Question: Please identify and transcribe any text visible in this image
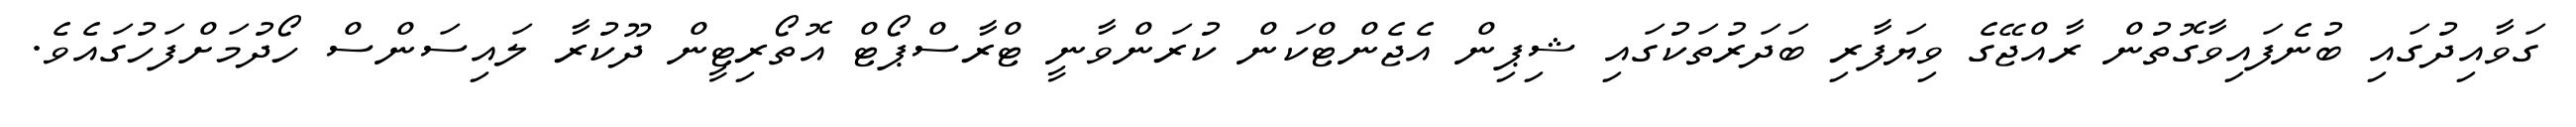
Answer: ގަވާއިދުގައި ބުނެފައިވާގޮތުން ރާއްޖޭގެ ވިޔަފާރި ބަދަރުތަކުގައި ޝިޕިން އެޖެންޓްކަން ކުރަންވާނީ ޓްރާސްޕޯޓް އޮތޯރިޓީން ދޫކުރާ ލައިސަންސް ހޯދުމަށްފަހުގައެވެ.